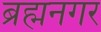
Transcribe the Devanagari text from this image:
ब्रह्मनगर